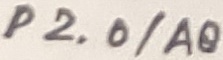
Text: P2.0/A8